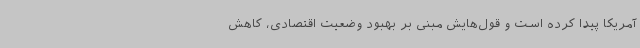
آمریکا پیدا کرده است و قول‌هایش مبنی بر بهبود وضعیت اقتصادی، کاهش